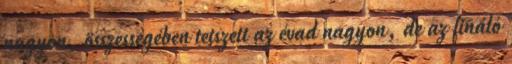
nagyon, összességében tetszett az évad nagyon, de az fináló